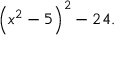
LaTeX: \left( x ^ { 2 } - 5 \right) ^ { 2 } - 2 4 .